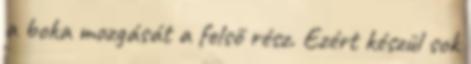
a boka mozgását a felső rész. Ezért készül sok